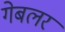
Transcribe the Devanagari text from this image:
गेबलर